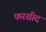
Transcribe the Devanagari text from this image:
फरसीद